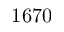
1 6 7 0